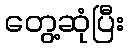
တွေ့ဆုံပြီး